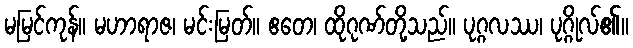
မမြင်ကုန်။ မဟာရာဇ၊ မင်းမြတ်။ ဧတေ၊ ထိုဂုဏ်တို့သည်။ ပုဂ္ဂလဿ၊ ပုဂ္ဂိုလ်၏။